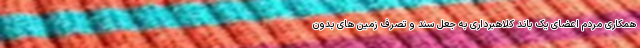
همکاری مردم اعضای یک باند کلاهبرداری به جعل سند و تصرف زمین های بدون